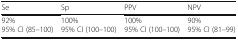
| Se | Sp | PPV | NPV |
 | --- | --- | --- | --- |
 | 92%95% CI (85–100) | 100%95% CI (100–100) | 100%95% CI (100–100) | 90%95% CI (81–99) |